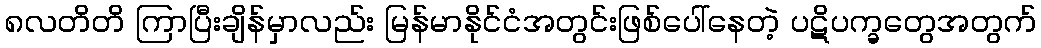
၈လတိတိ ကြာပြီးချိန်မှာလည်း မြန်မာနိုင်ငံအတွင်းဖြစ်ပေါ်နေတဲ့ ပဋိပက္ခတွေအတွက်